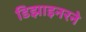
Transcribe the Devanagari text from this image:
डिझाइनरने